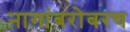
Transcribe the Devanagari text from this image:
नागांबरोबरच